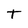
Character: t